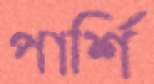
পার্শি